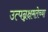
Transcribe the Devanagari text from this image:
उत्पन्नक्षमतेच्या